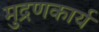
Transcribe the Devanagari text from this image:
मुद्रणकार्य